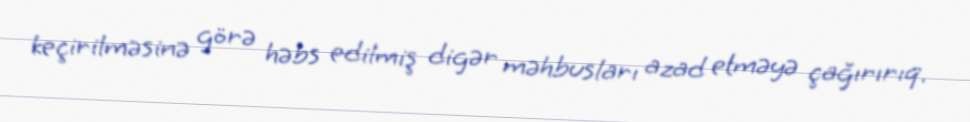
keçirilməsinə görə həbs edilmiş digər məhbusları azad etməyə çağırırıq.